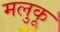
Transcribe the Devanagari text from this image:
मलुकू